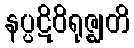
နပ္ပဋိဝိရုဇ္ဈတိ